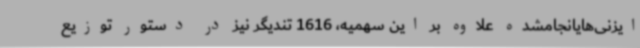
ایزنی‌هایانجامشده علاوه بر این سهمیه، 1616 تندیگر نیز در دستور توزیع